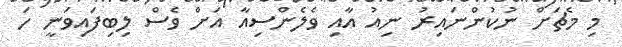
މި މެޗަށް ނުކުންނައިރު ނިއު އާއި ވެލެންސިއާ އަށް ވެސް ލިބިފައިވަނީ ހަ